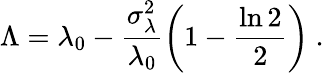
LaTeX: \Lambda=\lambda_{0}-\frac{\sigma_{\lambda}^{2}}{\lambda_{0}}\left(1-\frac{\ln 2}{2}\right)\ .